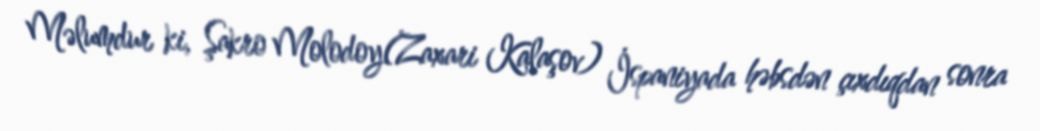
Məlumdur ki, Şakro Molodoy(Zaxari Kalaşov) İspaniyada həbsdən çıxdıqdan sonra